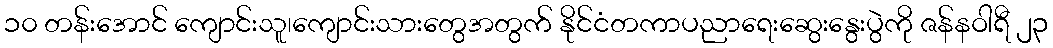
၁၀ တန်းအောင် ကျောင်းသူ၊ကျောင်းသားတွေအတွက် နိုင်ငံတကာပညာရေးဆွေးနွေးပွဲကို ဇန်နဝါရီ ၂၃